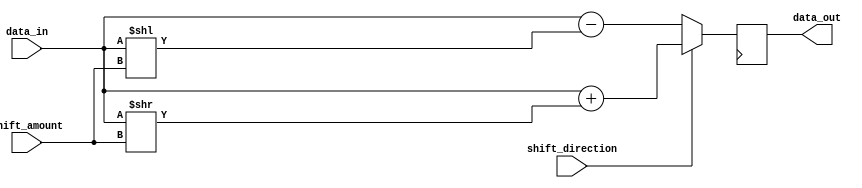
module hybrid_barrel_shifter (
    input [7:0] data_in,
    input [2:0] shift_amount,
    input shift_direction,
    output reg [7:0] data_out
);

reg [7:0] arithmetic_result;

always @(*) begin
    if (shift_direction) begin // Right shift
        arithmetic_result = data_in + (data_in >> shift_amount);
    end else begin // Left shift
        arithmetic_result = data_in - (data_in << shift_amount);
    end
end

always @(posedge clk) begin
    data_out <= arithmetic_result;
end

endmodule